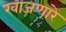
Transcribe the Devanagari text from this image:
खाजणारे